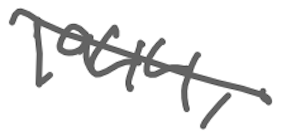
Text: 1944,
Cross-out: diagonal
Writing tool: digital_gray